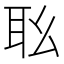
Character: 𦔷